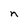
Character: n